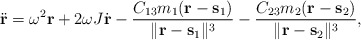
\begin{align*}\ddot{\bf r} = \omega^{2} {\bf r} + 2 \omega J \dot{\bf r} -\frac{C_{13} m_1 ({\bf r}- {\bf s}_1)}{\|{\bf r} - {\bf s}_1\|^{3}} - \frac{C_{23} m_2 ({\bf r}- {\bf s}_2)}{\|{\bf r}- {\bf s}_2\|^{3}}, \end{align*}